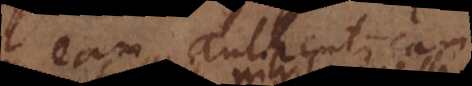
eam authenticam